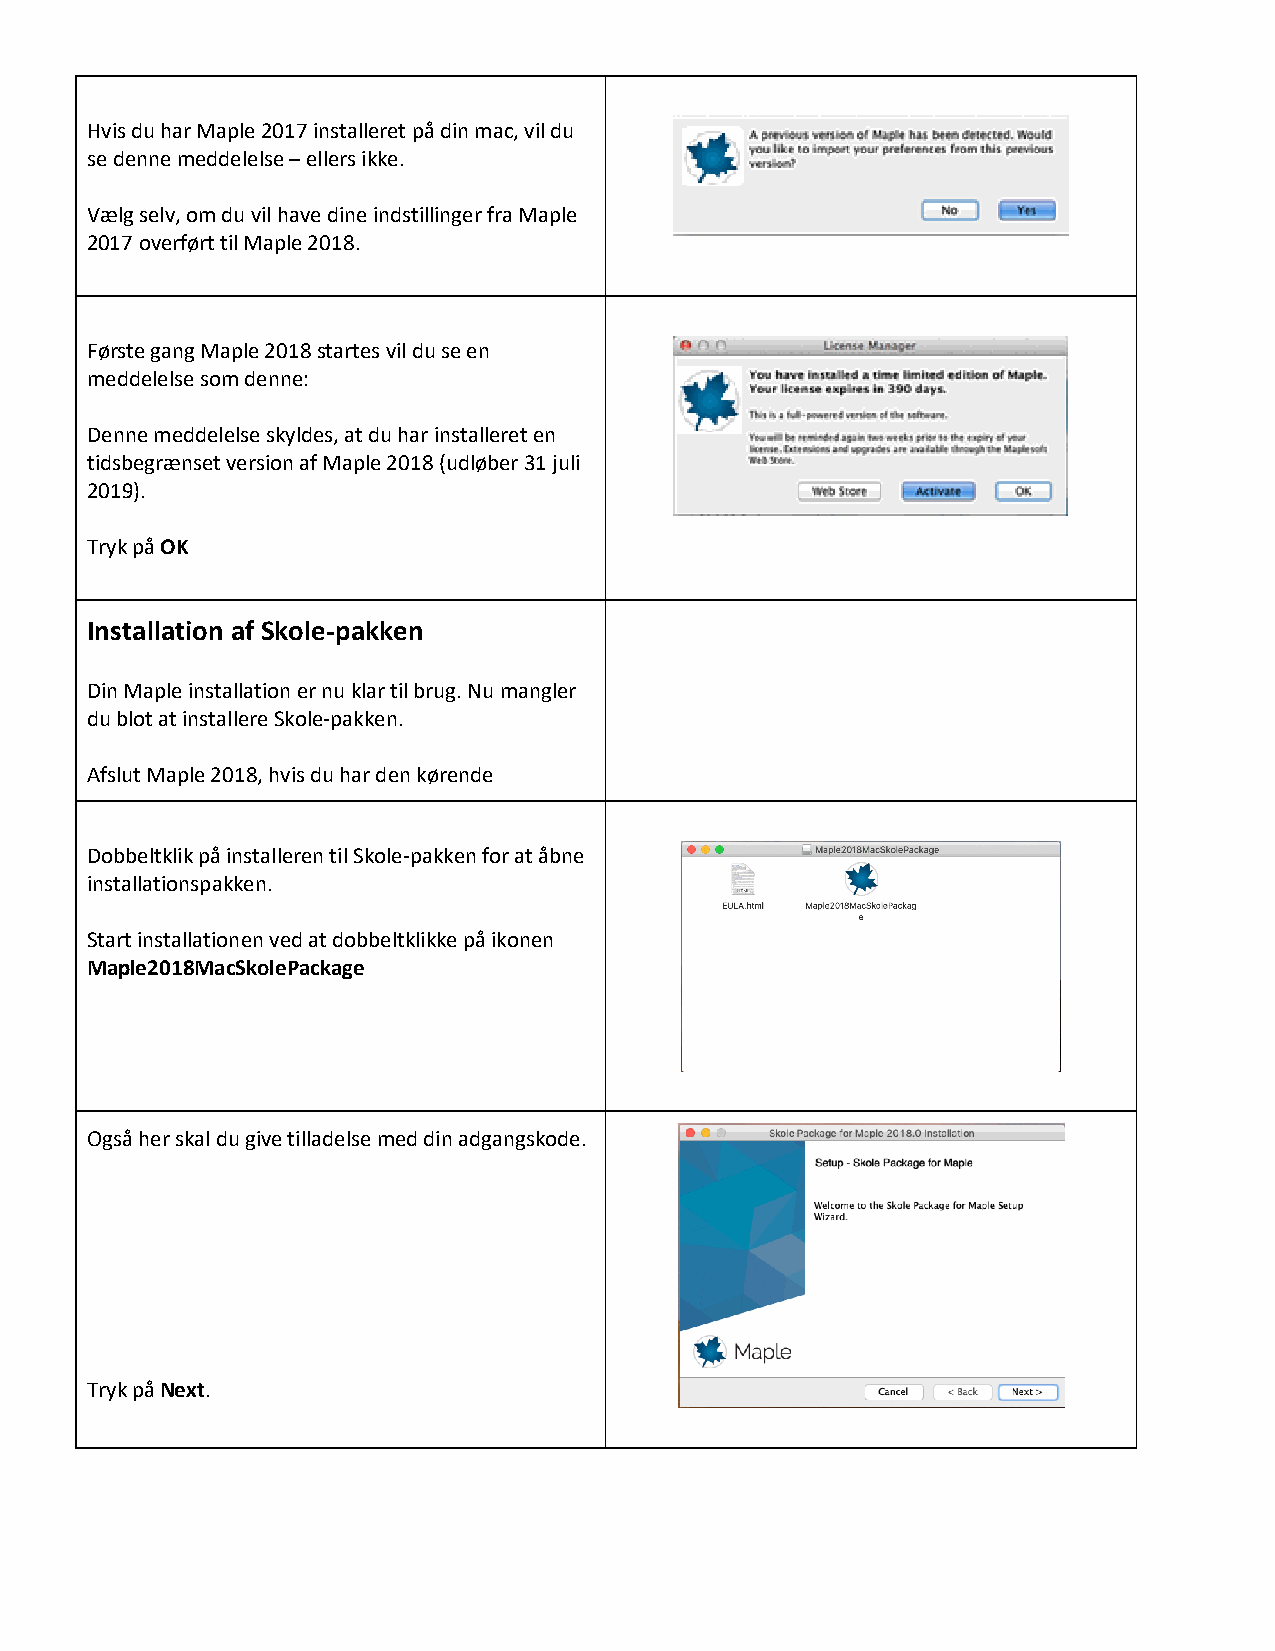
Hvis du har Maple 2017 installeret på din mac, vil du
 se denne meddelelse – ellers ikke.
 Vælg selv, om du vil have dine indstillinger fra Maple
 2017 overført til Maple 2018.
 Første gang Maple 2018 startes vil du se en
 meddelelse som denne:
 Denne meddelelse skyldes, at du har installeret en
 tidsbegrænset version af Maple 2018 (udløber 31 juli
 2019).
 Tryk på OK
 Installation af Skole-pakken
 Din Maple installation er nu klar til brug. Nu mangler
 du blot at installere Skole-pakken.
 Afslut Maple 2018, hvis du har den kørende
 Dobbeltklik på installeren til Skole-pakken for at åbne
 installationspakken.
 Start installationen ved at dobbeltklikke på ikonen
 Maple2018MacSkolePackage
 Også her skal du give tilladelse med din adgangskode.
 Tryk på Next.